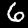
Digit: 6